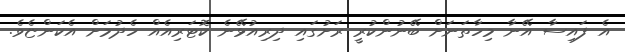
އެ ފައިސާ އޭނާ މިހާތަނަށް ބޭނުންކުރީ ރަށުގައި ދިރިއުޅޭނެ ކޮޓަރިއެއް ހެދުމަށް އެކަންޏެވެ.